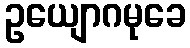
ဥယျောဂမုခေ